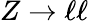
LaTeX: Z\to\ell\ell